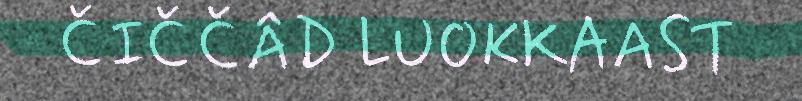
ČIČČÂD LUOKKAAST